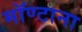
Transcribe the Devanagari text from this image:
मॉण्टाना